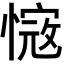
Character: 𢟭